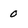
Character: 0